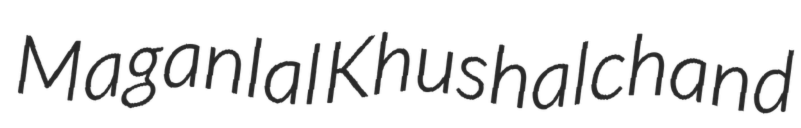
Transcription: Maganlal Khushalchand